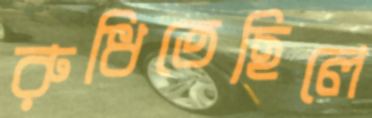
রুধিতেছিলে